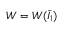
W = W ( { \bar { I } } _ { 1 } )